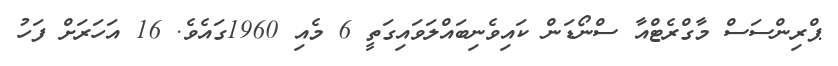
ޕްރިންސަސް މާގްރެޓްއާ ސްނޯޑަން ކައިވެނިބައްލަވައިގަތީ 6 މެއި 1960ގައެވެ. 16 އަހަރަށް ފަހު